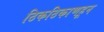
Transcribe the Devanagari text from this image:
ठिकठिकाणहून